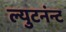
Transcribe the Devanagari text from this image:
ल्युटनंन्ट